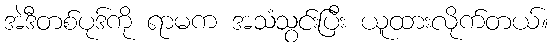
အဲဒီတစ်ပုဒ်ကို ရာမက အသံသွင်းပြီး ယူထားလိုက်တယ်။